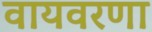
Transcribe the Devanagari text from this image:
वायवरणा